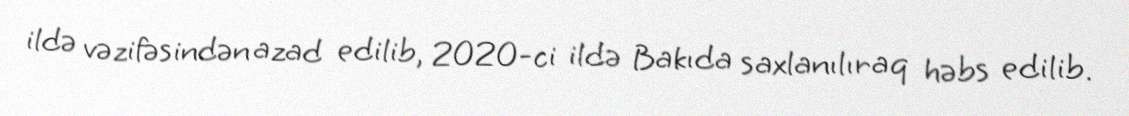
ildə vəzifəsindən azad edilib, 2020-ci ildə Bakıda saxlanılıraq həbs edilib.